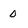
Character: 0